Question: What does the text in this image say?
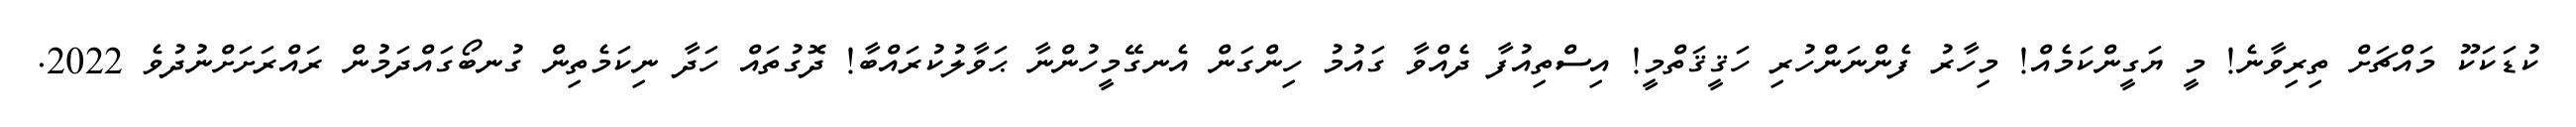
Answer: ކުޑަކަކޫ މައްޗަށް ތިރިވާނެ! މީ ޔަގީންކަމެއް! މިހާރު ފެންނަންހުރި ހަޤީޤަތްމީ! އިސްތިއުފާ ދެއްވާ ގައުމު ހިންގަން އެނގޭމީހުންނާ ޙަވާލުކުރައްބާ! ދޮގުތައް ހަދާ ނިކަމެތިން ގުނބޯގައްދަމުން ރައްރަށަށްނުދުވެ 2022.